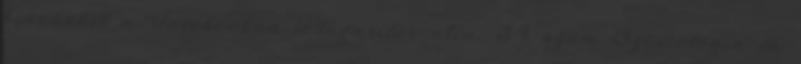
bennünket a Facebookon Plugarilor utca, 34 szám Szociológia és